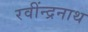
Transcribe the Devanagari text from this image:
रवींन्द्रनाथ